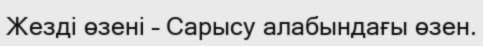
Жезді өзені – Сарысу алабындағы өзен.